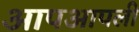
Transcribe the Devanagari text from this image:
आपआपली